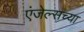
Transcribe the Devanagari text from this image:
एंजेल्सच्या